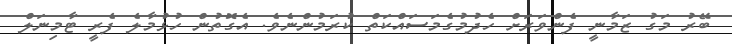
ބޭރު މަގު ޒަމާނީ ފެންވަރަށް ހެދުމުގެމަސައްކަތް ކުރަމުންނެވެ. އެގޮތުން ހުޅުމާލެ ފެރީ ޓާމިނަލް